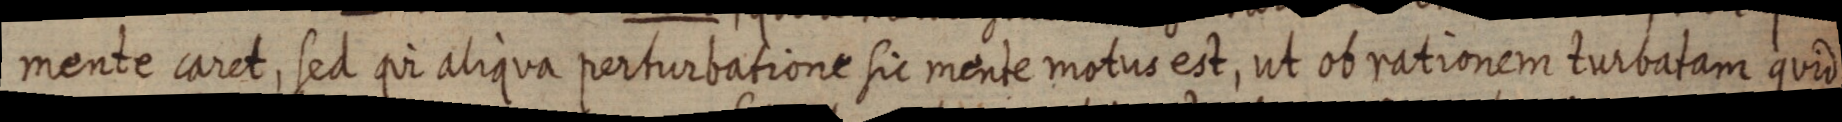
mente caret, sed qui aliqua perturbatione sic mente motus est, ut ob rationem turbatam quid